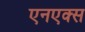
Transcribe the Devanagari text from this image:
एनएक्स